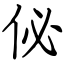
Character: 佖